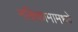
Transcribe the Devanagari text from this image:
नक्षिकामामध्ये